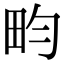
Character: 畇